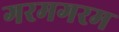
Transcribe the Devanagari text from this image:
गरमगरम